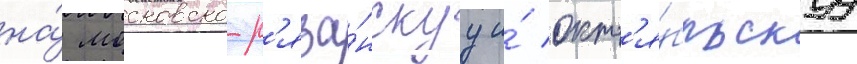
на́ московско-р'яза́нскуу и́ окт'я́брьскуу